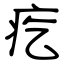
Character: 疙